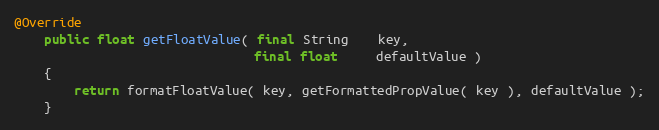
Language: Java
@Override
    public float getFloatValue( final String    key,
                                final float     defaultValue )
    {
        return formatFloatValue( key, getFormattedPropValue( key ), defaultValue );
    }